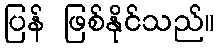
ပြန် ဖြစ်နိုင်သည်။